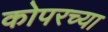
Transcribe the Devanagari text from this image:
कोपरच्या